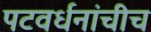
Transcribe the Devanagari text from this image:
पटवर्धनांचीच